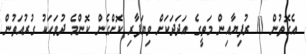
އެގޮތުން 10 ރުފިޔާއިން މަތީގެ އަދަދަކަށް ވިޔަފާރި ކޮށްގެން ކޮންމެ ދުވަހަކު ގުރުއަތުން